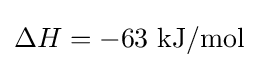
\Delta H=-63{\text{ kJ/mol}}